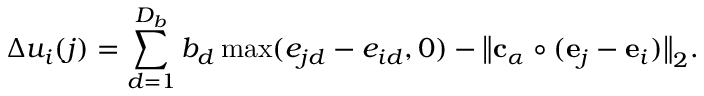
\Delta u _ { i } ( j ) = \sum _ { d = 1 } ^ { D _ { b } } b _ { d } \operatorname* { m a x } ( e _ { j d } - e _ { i d } , 0 ) - \big \| { \mathbf { c } } _ { \alpha } \circ ( { \mathbf { e } } _ { j } - { \mathbf { e } } _ { i } ) \big \| _ { 2 } .